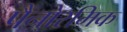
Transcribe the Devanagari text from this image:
पैनोरमिक